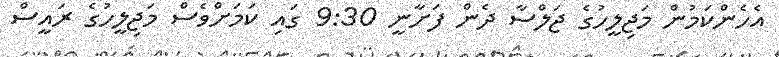
އެހެންކަމުން މަޖިލީހުގެ ޖަލްސާ ދެން ފަށާނީ 9:30 ގައި ކަމަށްވެސް މަޖިލީހުގެ ރައީސް